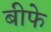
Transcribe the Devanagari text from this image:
बीफे